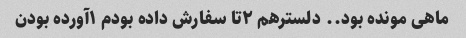
ماهی مونده بود.. دلسترهم ۲تا سفارش داده بودم ۱آورده بودن